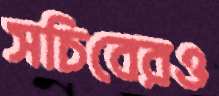
সচিবেরও